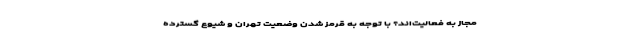
مجاز به فعالیت‌اند؟ با توجه به قرمز شدن وضعیت تهران و شیوع گسترده